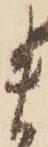
ま